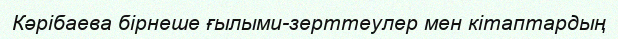
Кәрібаева бірнеше ғылыми-зерттеулер мен кітаптардың